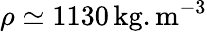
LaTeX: \rho\simeq 1130\, \mathrm{kg.m^{-3}}